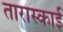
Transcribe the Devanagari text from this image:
तारास्काई